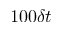
1 0 0 \delta t